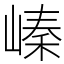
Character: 𡻈